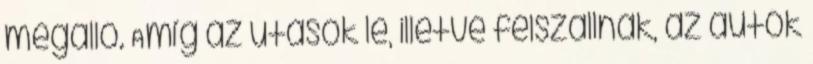
megálló. Amíg az utasok le, illetve felszállnak, az autók